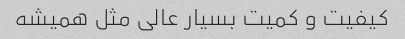
کیفیت و کمیت بسیار عالی مثل همیشه